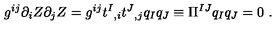
g ^ { i j } \partial _ { i } Z \partial _ { j } Z = g ^ { i j } t ^ { I } { } _ { , i } t ^ { J } { } _ { , j } q _ { I } q _ { J } \equiv \Pi ^ { I J } q _ { I } q _ { J } = 0 \ .